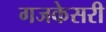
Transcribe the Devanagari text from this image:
गजकेसरी